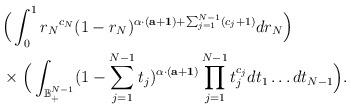
LaTeX: \begin{align*}&\Big(\int_{0}^{1}{r_N}^{c_N}(1-r_N)^{\alpha\cdot(\mathbf a+\mathbf 1)+\sum_{j=1}^{N-1}(c_j+1)}dr_N\Big)\\&\times\Big(\int_{\mathbb B^{N-1}_+}(1-\sum_{j=1}^{N-1}t_j)^{\alpha\cdot(\mathbf a+\mathbf 1)}\prod_{j=1}^{N-1}t_j^{c_j}dt_1\dots dt_{N-1}\Big).\end{align*}